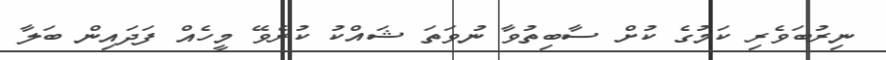
ނިރުބަވެރި ކަމުގެ ކުށް ސާބިތުވާ ނުވަތަ ޝައްކު ކުރެވޭ މީހެއް ފަދައިން ބަލާ